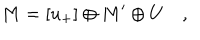
M = \left[ u _ { + } \right] \oplus M ^ { \prime } \oplus U \quad ,